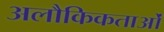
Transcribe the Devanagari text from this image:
अलौकिकताओं